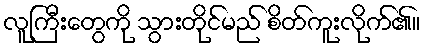
လူကြီးတွေကို သွားတိုင်မည် စိတ်ကူးလိုက်၏။